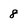
Character: 8